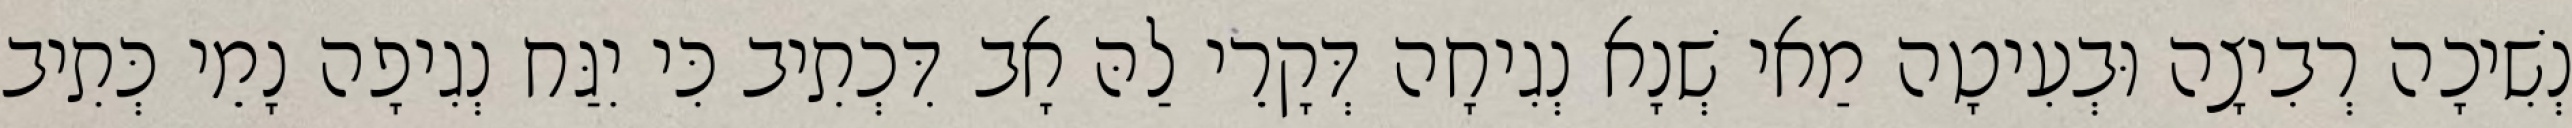
נְשִׁיכָה רְבִיצָה וּבְעִיטָה מַאי שְׁנָא נְגִיחָה דְּקָרֵי לַהּ אָב דִּכְתִיב כִּי יִגַּח נְגִיפָה נָמֵי כְּתִיב